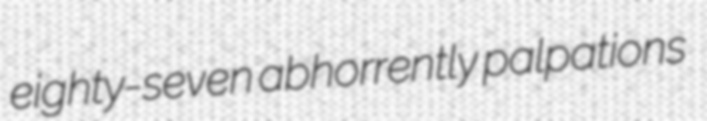
eighty-seven abhorrently palpations